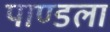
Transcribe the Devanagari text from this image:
पाण्डला